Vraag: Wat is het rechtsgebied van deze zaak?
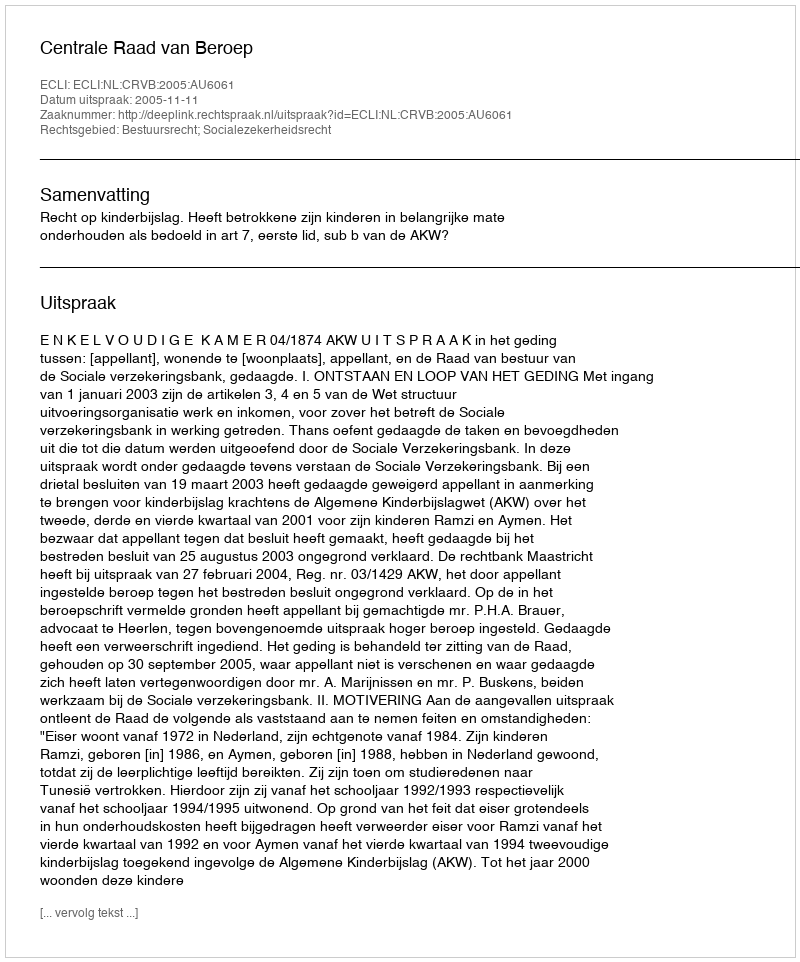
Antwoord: Bestuursrecht; Socialezekerheidsrecht